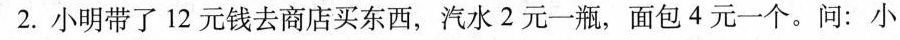
2.小明带了12元钱去商店买东西，汽水2元一瓶，面包4元一个。问：小